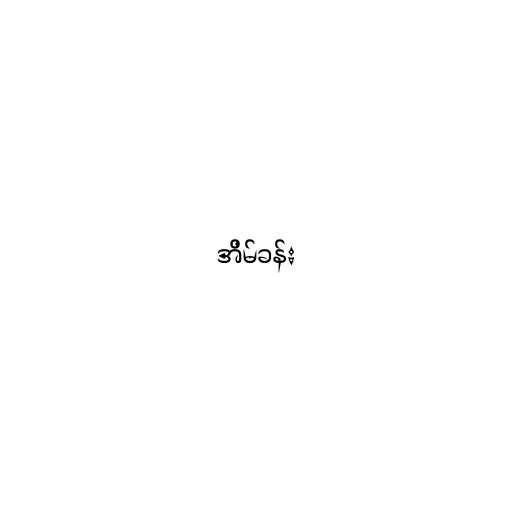
အိမ်ခန်း